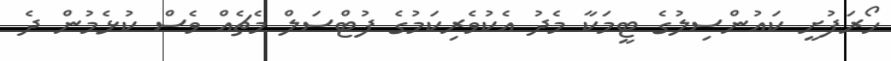
ހޯރަފުށީ ކައުންސިލުގެ ޓީމަކާ މެދު އެކުވެރިކަމުގެ ފުޓްސަލް މެޗެއް ވެސް ކުޅެމުން ދެ